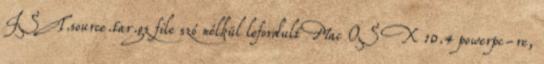
IST.source.tar.gz file szó nélkül lefordult Mac OS X 10.4 powerpc-re,